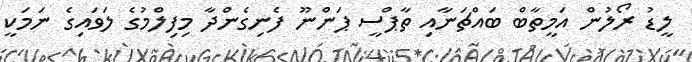
ލީޑު ރޯލުން އަމީތާބް ބައްޗަނާއި ތާޕްސީ ޕަންނޫ ފެނިގެންދާ މިފިލްމުގެ ލަވައިގެ ނަމަކީ